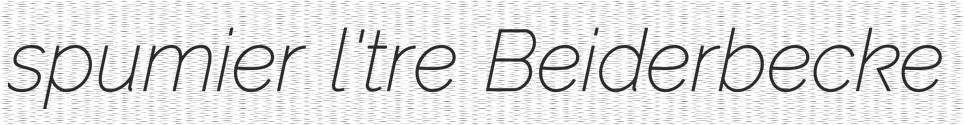
spumier l'tre Beiderbecke